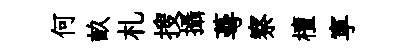
何畝札搜攝蕚察檀寕